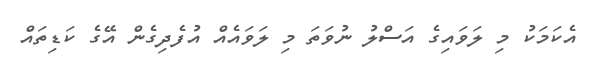
އެކަމަކު މި ލަވައިގެ އަސްލު ނުވަތަ މި ލަވައެއް އުފެދިގެން އޭގެ ކަޑިތައް